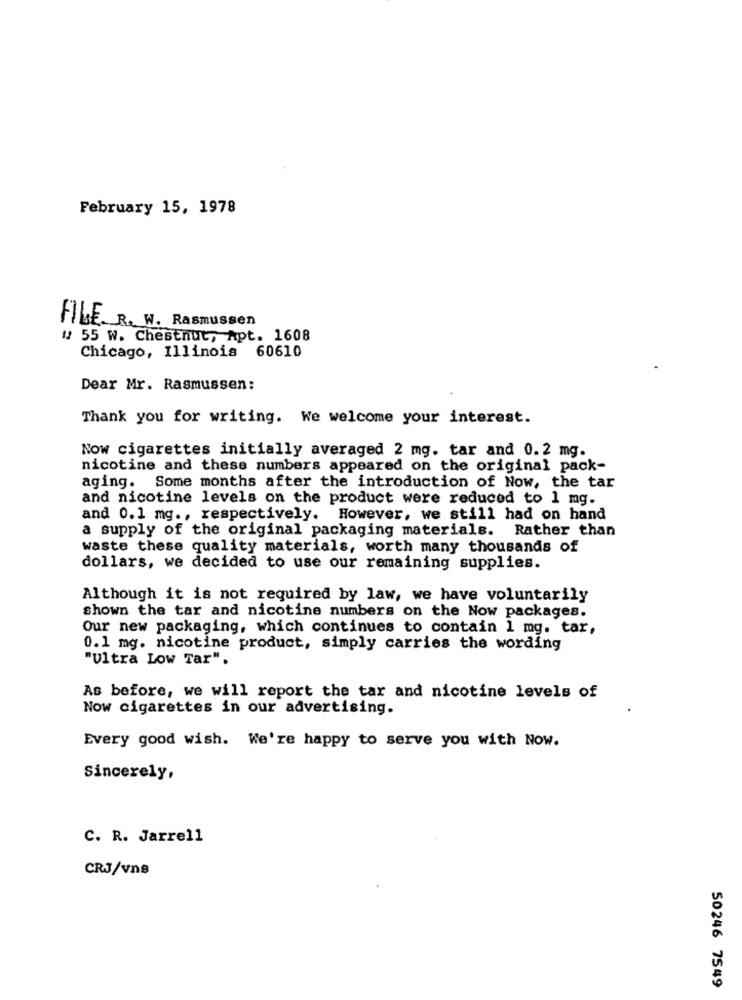
February 15, 1978
FILE. R. W. Rasmussen
# 55 W. Chestnut, Apt. 1608
Chicago, Illinois 60610
Dear Mr. Rasmussen:
Thank you for writing. We welcome your interest.
Now cigarettes initially averaged 2 mg. tar and 0.2 mg.
nicotine and these numbers appeared on the original pack-
aging. Some months after the introduction of Now, the tar
and nicotine levels on the product were reduced to 1 mg.
and 0.1 mg ., respectively. However, we still had on hand
a supply of the original packaging materials. Rather than
waste these quality materials, worth many thousands of
dollars, we decided to use our remaining supplies.
Although it is not required by law, we have voluntarily
shown the tar and nicotine numbers on the Now packages.
Our new packaging, which continues to contain 1 mg. tar,
0.1 mg. nicotine product, simply carries the wording
"Ultra Low Tar".
As before, we will report the tar and nicotine levels of
Now cigarettes in our advertising.
Every good wish. We're happy to serve you with Now.
Sincerely,
C. R. Jarrell
CRJ/vns
50246 7549